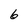
Character: 6